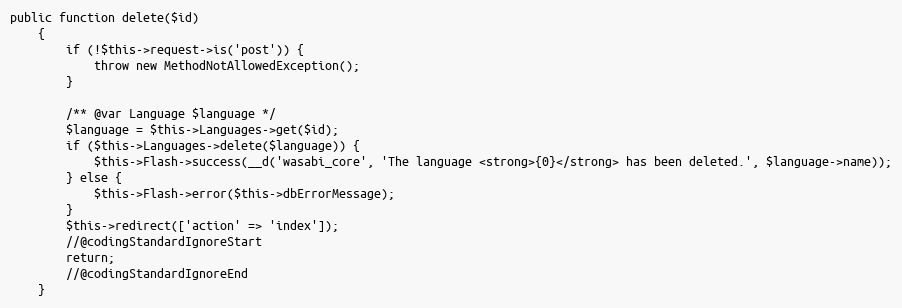
Language: PHP
public function delete($id)
    {
        if (!$this->request->is('post')) {
            throw new MethodNotAllowedException();
        }

        /** @var Language $language */
        $language = $this->Languages->get($id);
        if ($this->Languages->delete($language)) {
            $this->Flash->success(__d('wasabi_core', 'The language <strong>{0}</strong> has been deleted.', $language->name));
        } else {
            $this->Flash->error($this->dbErrorMessage);
        }
        $this->redirect(['action' => 'index']);
        //@codingStandardIgnoreStart
        return;
        //@codingStandardIgnoreEnd
    }